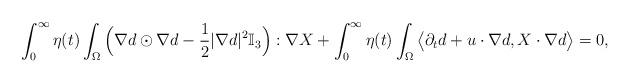
LaTeX: \begin{align*}\int_0^\infty \eta(t)\int_\Omega \Big(\nabla d\odot\nabla d-\frac12|\nabla d|^2\mathbb I_3\Big): \nabla X+\int_0^\infty \eta(t)\int_\Omega \big\langle \partial_t d+u\cdot\nabla d, X\cdot\nabla d\big\rangle=0,\end{align*}